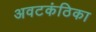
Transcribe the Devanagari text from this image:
अवटकंठिका